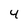
Character: 4